Lunatic asylums Central Provinces reports 1886-1894 - 1886-1894
Year: 1886
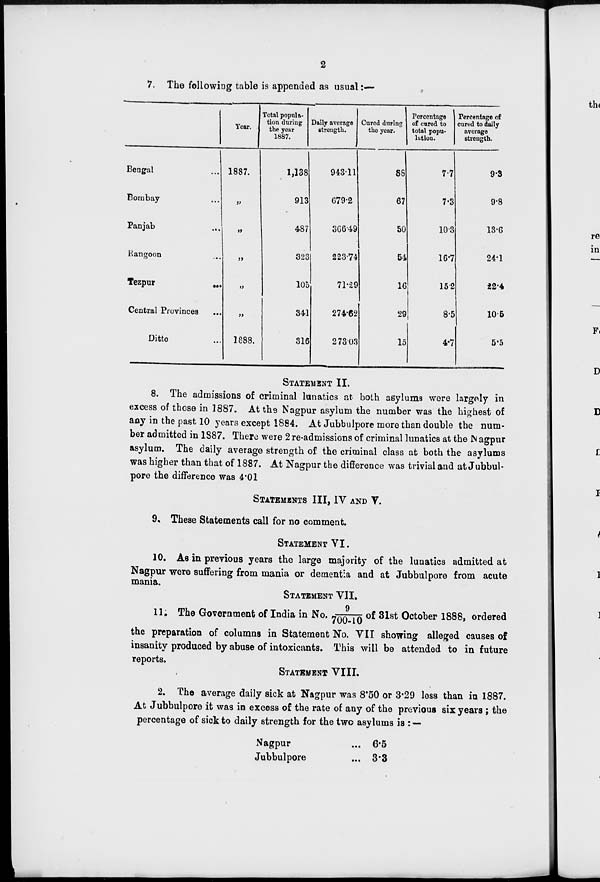
2
7. The following table is appended as usual:—
Bengal ...
Bombay ...
Panjab ...
Rangoon ...
Tezpur ...
Central Provinces ...
Ditto ...
Year.
1887.
„
„
„
„
„
1888.
Total popula-
tion during
the year
1887.
1,138
913
487
323
105
341
316
Daily average
strength.
943.11
679.2
366.49
223.74
71.29
274.62
273.03
Cured during
the year.
88
67
50
54
16
29
15
Percentage
of cured to
total popu-
lation.
7.7
7.3
10.3
16.7
15.2
8.5
4.7
Percentage of
cured to daily
average
strength.
9.3
9.8
13.6
24.1
22.4
10.5
5.5
STATEMENT II.
8. The admissions of criminal lunatics at both asylums were largely in
excess of those in 1887. At the Nagpur asylum the number was the highest of
any in the past 10 years except 1884. At Jubbulpore more than double the num-
ber admitted in 1887. There were 2re-admissions of criminal lunatics at the Nagpur
asylum. The daily average strength of the criminal class at both the asylums
was higher than that of 1887. At Nagpur the difference was trivial and at Jubbul-
pore the difference was 4.01
STATEMENT III, IV AND V.
9. These Statements call for no comment.
STATEMENT VI.
10. As in previous years the large majority of the lunatics admitted at
Nagpur were suffering from mania or dementia and at Jubbulpore from acute
mania.
STATEMENT VII.
11. The Government of India in No.9/700-10 of 31st October 1888, ordered
the preparation of columns in Statement No. VII showing alleged causes of
insanity produced by abuse of intoxicants. This will be attended to in future
reports.
STATEMENT VIII.
2. The average daily sick at Nagpur was 8.50 or 3.29 loss than in 1887.
At Jubbulpore it was in excess of the rate of any of the previous six years ; the
percentage of sick to daily strength for the two asylums is : —
Nagpur ...
Jubbulpore ...
6.5
3.3